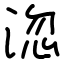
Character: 淴